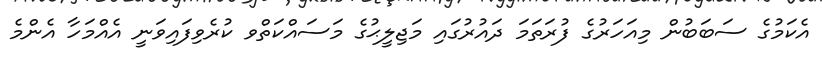
އެކަމުގެ ސަބަބުން މިއަހަރުގެ ފުރަތަމަ ދައުރުގައި މަޖިލީޙުގެ މަސައްކަތްވ ކުރެވިފައިވަނީ އެއްމަހާ އެންމެ